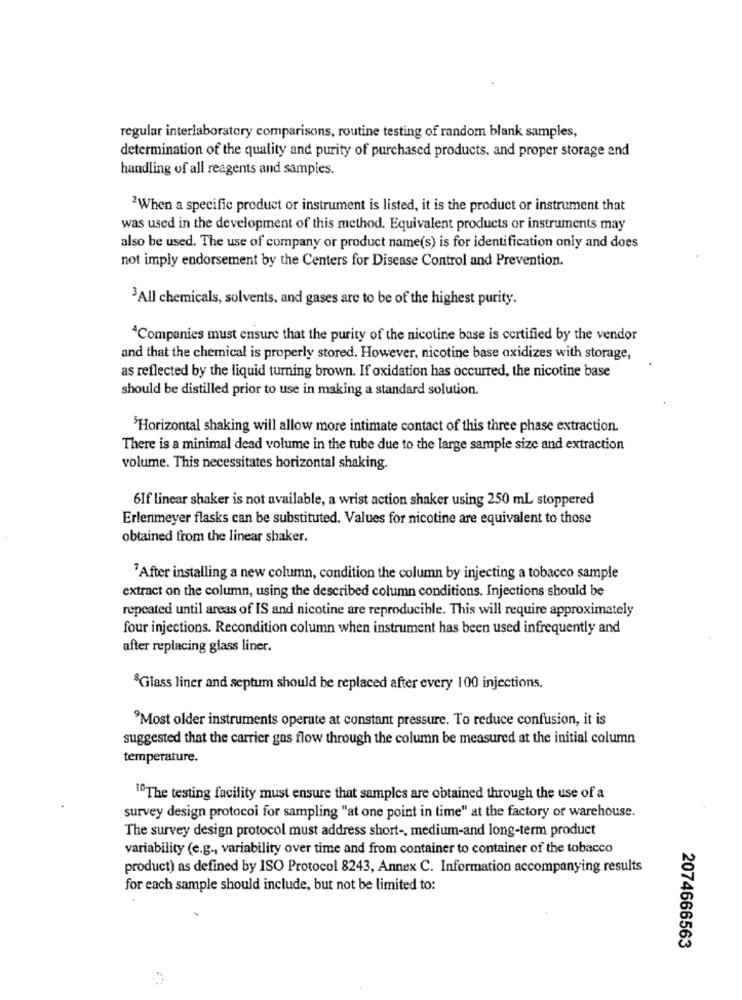
regular interlaboratory comparisons, routine testing of random blank samples,
determination of the quality and purity of purchased products, and proper storage and
handling of all reagents and samples.
2When a specific product or instrument is listed, it is the product or instrument that
was used in the development of this method. Equivalent products or instruments may
also be used. The use of company or product name(s) is for identification only and does
not imply endorsement by the Centers for Disease Control and Prevention.
3All chemicals, solvents, and gases are to be of the highest purity.
4Companies must ensure that the purity of the nicotine base is certified by the vendor
and that the chemical is properly stored. However, nicotine base oxidizes with storage,
as reflected by the liquid turning brown. If oxidation has occurred, the nicotine base
should be distilled prior to use in making a standard solution.
'Horizontal shaking will allow more intimate contact of this three phase extraction.
There is a minimal dead volume in the tube due to the large sample size and extraction
volume. This necessitates horizontal shaking.
6If linear shaker is not available, a wrist action shaker using 250 ml stoppered
Erlenmeyer flasks can be substituted. Values for nicotine are equivalent to those
obtained from the linear shaker.
"After installing a new column, condition the column by injecting a tobacco sample
extract on the column, using the described column conditions. Injections should be
repeated until areas of IS and nicotine are reproducible. This will require approximately
four injections. Recondition column when instrument has been used infrequently and
after replacing glass liner.
SGlass liner and septum should be replaced after every 100 injections.
9Most older instruments operate at constant pressure. To reduce confusion, it is
suggested that the carrier gas flow through the column be measured at the initial column
temperature.
10The testing facility must ensure that samples are obtained through the use of a
survey design protocol for sampling "at one point in time" at the factory or warehouse.
The survey design protocol must address short -, medium-and long-term product
variability (e.g ., variability over time and from container to container of the tobacco
product) as defined by ISO Protocol 8243, Annex C. Information accompanying results
for each sample should include, but not be limited to:
2074666563